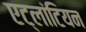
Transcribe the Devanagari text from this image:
एट्लांटियन